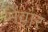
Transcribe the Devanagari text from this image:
मेंवार